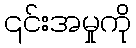
၎င်းအမှုကို